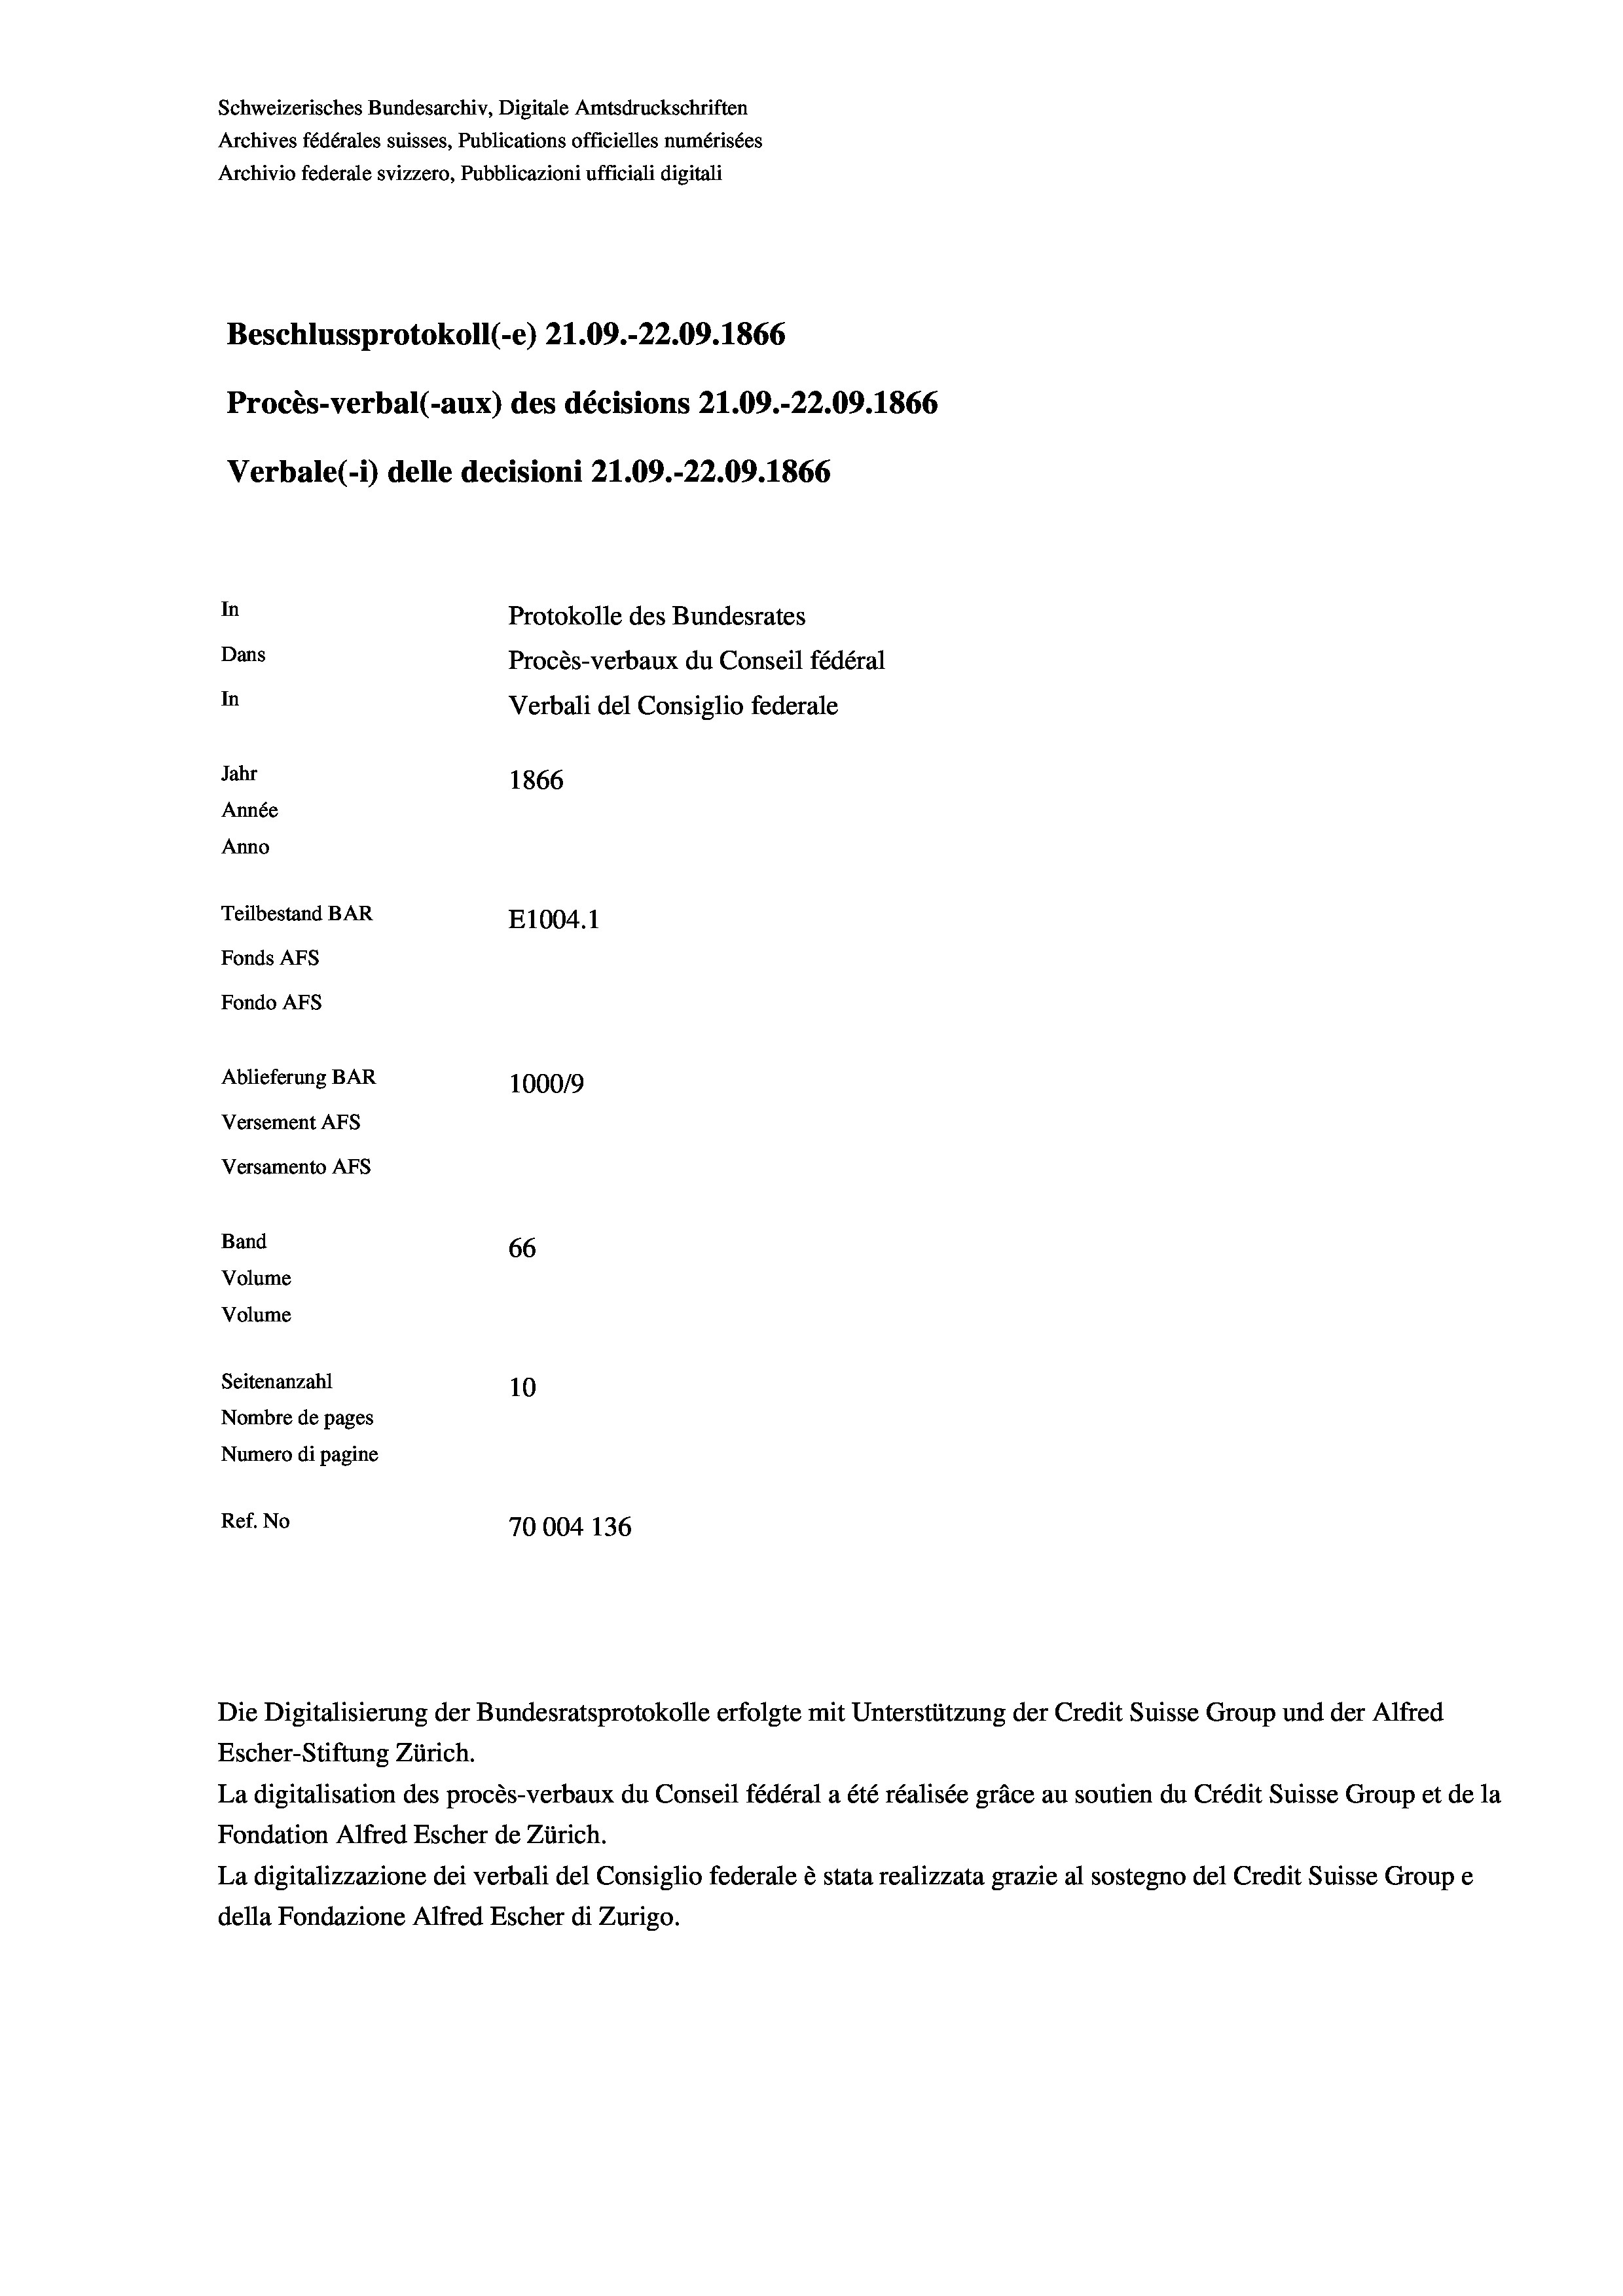
Versamento AFs
Band
Volume
Volume

Beschlussprotokoll (-e) 21.09.-22.09. 1866
Procès-verbal (-aux) des décisions 21.09.-22.09. 1866
In
Protokolle des Bundesrates
Dans
Procès-verbaux du Conseil fédéral
In
Verbali del Consiglio federale
Jahr
1866
Année
Anno
Teilbestand BAR
E1004.1
Fonds AFs
Fondo AFS
Ablieferung BAR
100019
Versement AFs

Schweizerisches Bundesarchiv, Digitale Amtsdruckschriften
Archives fédérales suisses, Publications officielles numérisées
Archivio federale svizzero, Pubblicazioni ufficiali digitali

Verbale (i) delle decisioni 21.09.-22.09. 1866

66
Seitenanzahl
10
Nombre de pages
Numero di pagine
Ref. No
70004 136

Die Digitalisierung der Bundesratsprotokolle erfolgte mit Unterstützung der Credit Suisse Group und der Alfred
Escher-Stiftung Zürich.
La digitalisation des procès-verbaux du Conseil fédéral a été réalisée gräce au soutien du Crédit Suisse Group et de la
Fondation Alfred Escher de Zürich.
La digitalizzazione dei verbali del Consiglio federale è stata realizzata grazie al sostegno del Credit Suisse Groupe
della Fondazione Alfred Escher di Zurigo.